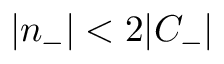
| n _ { - } | < 2 | C _ { - } |